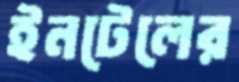
ইনটেলের